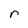
Character: r